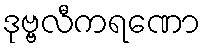
ဒုဗ္ဗလီကရဏော